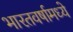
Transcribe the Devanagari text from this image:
भारतवर्षामध्ये